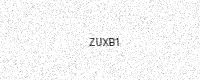
Text: ZUXB1